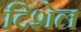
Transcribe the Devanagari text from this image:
दिशेल